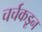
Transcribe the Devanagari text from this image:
चर्चकडून